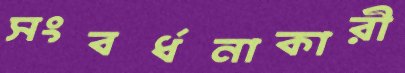
সংবর্ধনাকারী